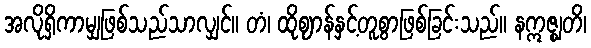
အလိုရှိကာမျှဖြစ်သည်သာလျှင်။ တံ၊ ထိုဈာန်နှင့်တူစွာဖြစ်ခြင်းသည်။ နဣဇ္ဈတိ၊